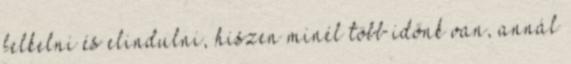
felkelni és elindulni, hiszen minél több időnk van, annál